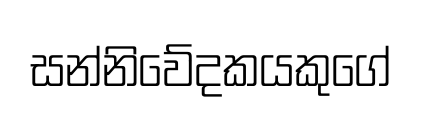
සන්නිවේදකයකුගේ